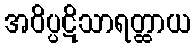
အဝိပ္ပဋိသာရတ္ထာယ